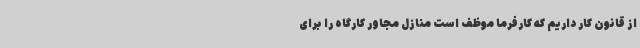
از قانون کار داریم که کارفرما موظف است منازل مجاور کارگاه را برای